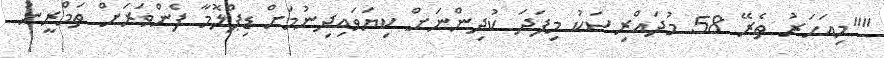
""މިއަހަރު ތެރޭ 58 މުދައްރިސަކު މިފަދަ ކުދިންނަށް ކިޔަވައިދިނުމަށް ޑިޕްލޮމާ ފެންވަރަށް ތަމްރީނު